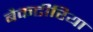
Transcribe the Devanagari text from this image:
बैकटीरिया